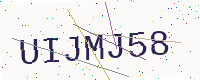
Text: UIJMJ58